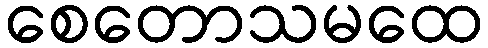
စေတောသမထေ